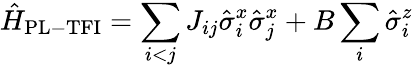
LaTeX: \hat{H}_{\mathrm{{PL-TFI}}}=\sum_{i<j}J_{ij}\hat{\sigma}_{i}^{x}\hat{\sigma}_{j}^{x}+B\sum_{i}\hat{\sigma}_{i}^{z}